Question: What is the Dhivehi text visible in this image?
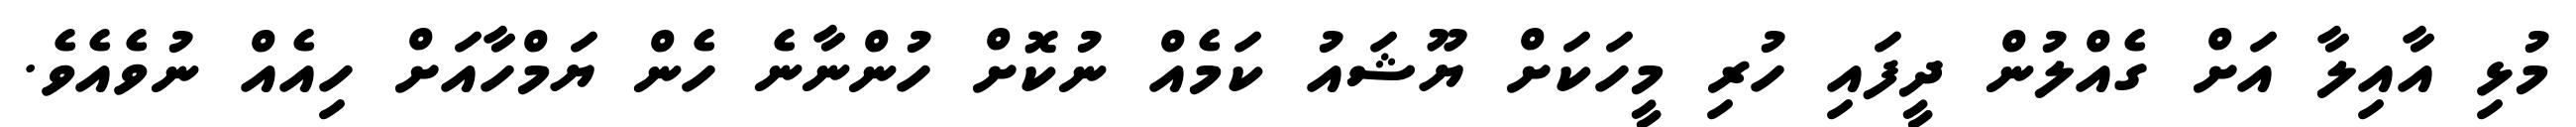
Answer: މުޅި އާއިލާ އަށް ގެއްލުން ދީފައި ހުރި މީހަކަށް ޔޫޝައު ކަމެއް ނުކޮށް ހުންނާނެ ހެން ޔަމްހާއަށް ހިއެއް ނުވެއެވެ.